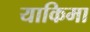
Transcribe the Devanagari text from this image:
याकिमा